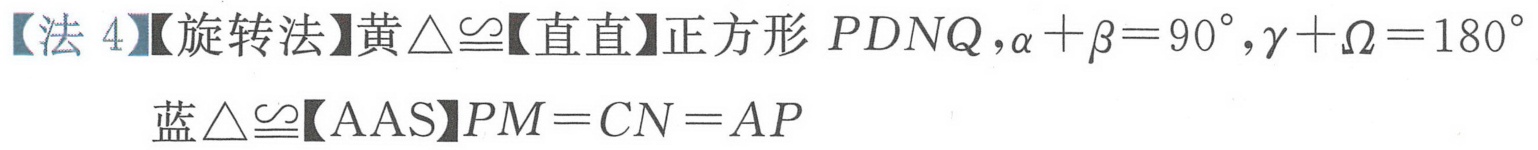
【法 4】【旋转法】黄\(\triangle\cong\)【直直】正方形 \(PDNQ\)，\(\alpha+\beta = 90^{\circ}\)，\(\gamma+\Omega = 180^{\circ}\)
蓝\(\triangle\cong\)【AAS】\(PM = CN = AP\)